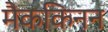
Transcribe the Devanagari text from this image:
मैककिनन